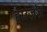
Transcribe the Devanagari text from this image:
हाउज़ेज़